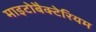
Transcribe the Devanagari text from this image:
माइटोबैक्टेरियम